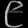
Digit: ၉